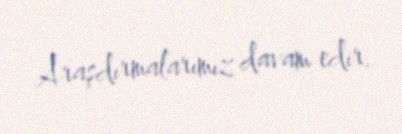
Araşdırmalarımız davam edir.